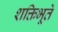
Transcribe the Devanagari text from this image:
शक्तिभूते